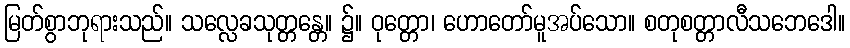
မြတ်စွာဘုရားသည်။ သလ္လေခသုတ္တန္တေ။ ၌။ ဝုတ္တော၊ ဟောတော်မူအပ်သော။ စတုစတ္တာလီသဘေဒေါ။